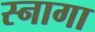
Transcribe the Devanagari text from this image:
स्नागा